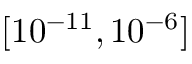
[ 1 0 ^ { - 1 1 } , 1 0 ^ { - 6 } ]